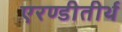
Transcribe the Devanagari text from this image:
एरण्डीतीर्थ